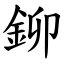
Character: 鉚